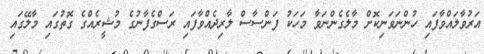
އަރުވާލައްވާފައި ހުންނަވަނިކޮށް މާލެގެންނަވާ މަހަކު ފަންސާސް ލާރިދެއްވާފައި ރަސްގެފާނުގެ މުޝީރެއްގެ ގޮތުގައި މާލޭގައި